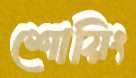
শোয়িং